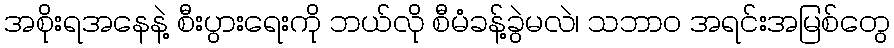
အစိုးရအနေနဲ့ စီးပွားရေးကို ဘယ်လို စီမံခန့်ခွဲမလဲ၊ သဘာ၀ အရင်းအမြစ်တွေ